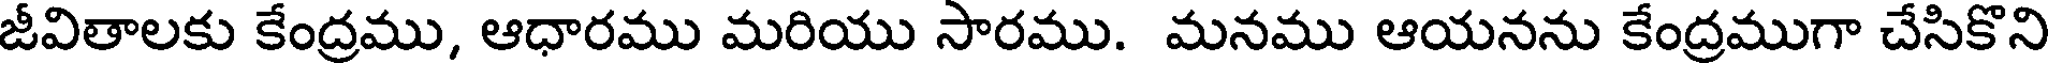
జీవితాలకు కేంద్రము, ఆధారము మరియు సారము. మనము ఆయనను కేంద్రముగా చేసికొని